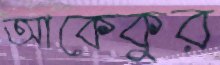
আকেকুর